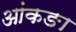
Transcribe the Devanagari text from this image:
आंकङा